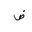
Letter: _dad